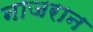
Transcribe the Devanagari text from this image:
नाजरान